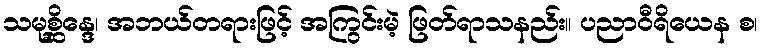
သမုစ္ဆိန္ဒေ၊ အဘယ်တရားဖြင့် အကြွင်းမဲ့ ဖြတ်ရာသနည်း။ ပညာဝီရိယေန စ၊